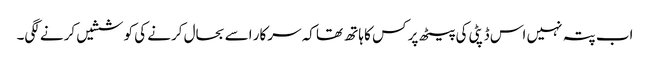
اب پتہ نہیں اس ڈپٹی کی پیٹھ پر کس کا ہاتھ تھا کہ سرکار اسے بحال کرنے کی کوششیں کرنے لگی۔